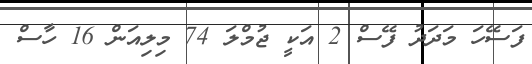
ފަސޭހަ މަދަދު ފޭސް 2 އަކީ ޖުމްލަ 74 މިލިއަން 16 ހާސް